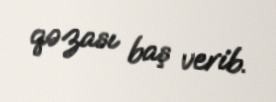
qəzası baş verib.